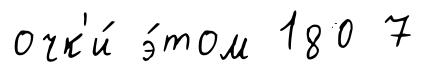
очк'и́ э́том 180 7